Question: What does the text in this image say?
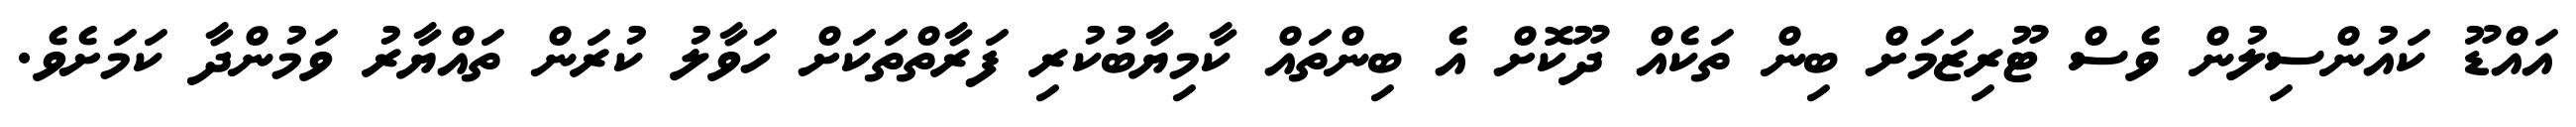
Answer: އައްޑޫ ކައުންސިލުން ވެސް ޓޫރިޒަމަށް ބިން ތަކެއް ދޫކޮށް އެ ބިންތައް ކާމިޔާބުކުރި ފަރާތްތަކަށް ހަވާލު ކުރަން ތައްޔާރު ވަމުންދާ ކަމަށެވެ.